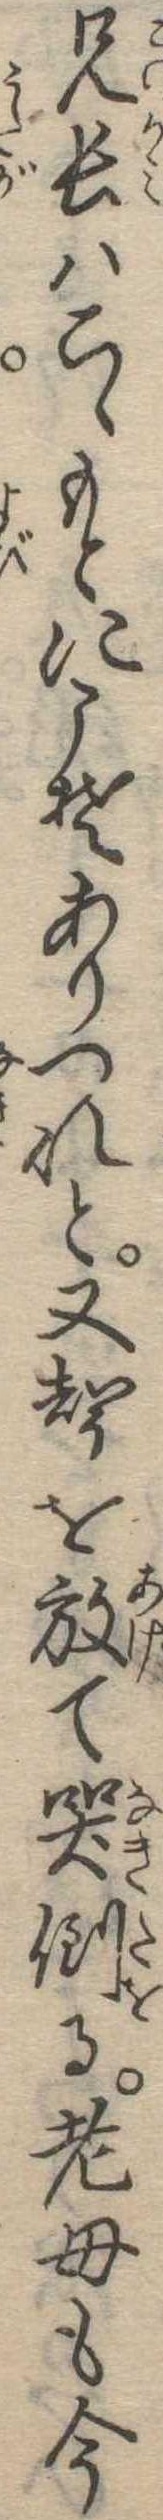
兄長はこゝもとにこそありつれと又声を放て哭倒る老母も今